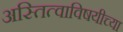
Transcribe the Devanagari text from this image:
अस्तित्वाविषयीच्या